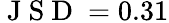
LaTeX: \mathrm{~J~S~D~}=0.31